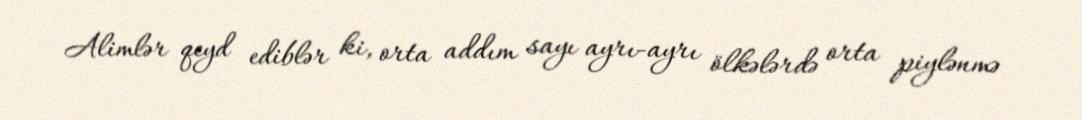
Alimlər qeyd ediblər ki, orta addım sayı ayrı-ayrı ölkələrdə orta piylənmə